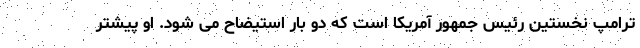
ترامپ نخستین رئیس جمهور آمریکا است که دو بار استیضاح می شود. او پیشتر